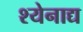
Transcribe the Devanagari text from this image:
श्येनाद्य